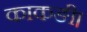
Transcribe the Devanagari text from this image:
काकङी।